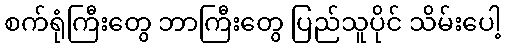
စက်ရုံကြီးတွေ ဘာကြီးတွေ ပြည်သူပိုင် သိမ်းပေါ့